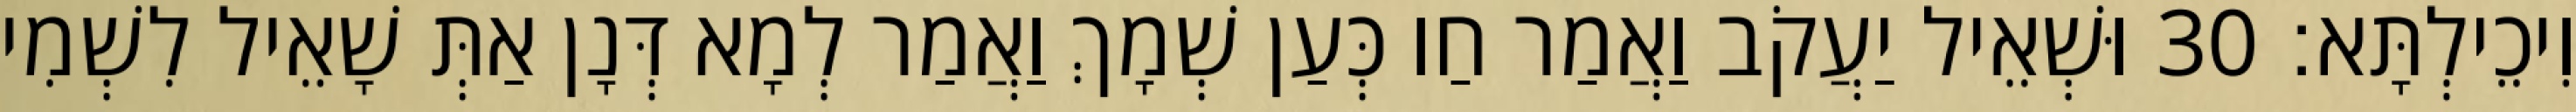
וִיכֵילְתָּא׃ 30 וּשְׁאֵיל יַעֲקֹב וַאֲמַר חַו כְּעַן שְׁמָךְ וַאֲמַר לְמָא דְּנָן אַתְּ שָׁאֵיל לִשְׁמִי